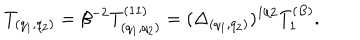
LaTeX: T _ { ( q _ { 1 } , q _ { 2 } ) } = \beta ^ { - 2 } T _ { ( q _ { 1 } , q _ { 2 } ) } ^ { ( 1 1 ) } = ( \Delta _ { ( q _ { 1 } , q _ { 2 } ) } ) ^ { 1 / 2 } T _ { 1 } ^ { ( B ) } .